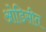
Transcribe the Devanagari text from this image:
ओडिसीत